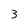
Character: 3